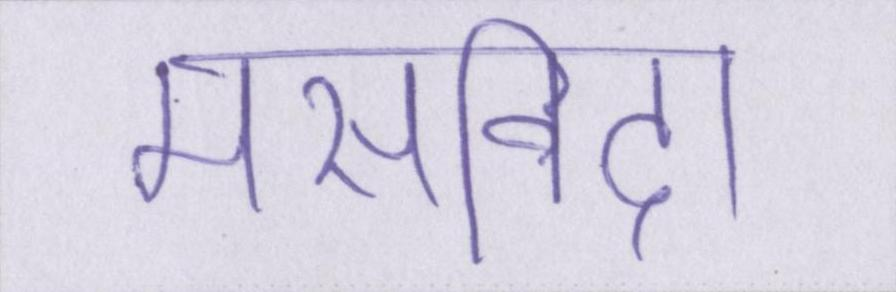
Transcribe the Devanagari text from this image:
मसविदा